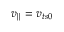
v _ { \parallel } = v _ { t s 0 }